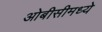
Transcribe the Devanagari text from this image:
ओबीसीमध्ये